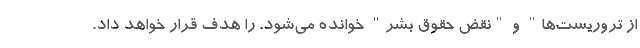
از تروریست‌ها" و "نقض حقوق بشر" خوانده می‌شود، را هدف قرار خواهد داد.